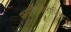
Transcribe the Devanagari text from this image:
फारमेकोलोजिस्ट